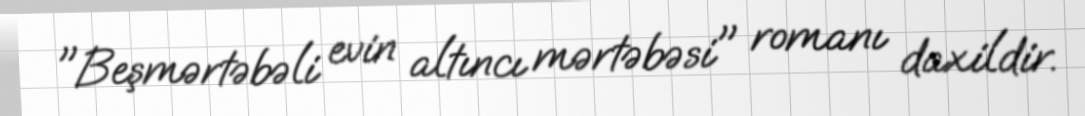
"Beşmərtəbəli evin altıncı mərtəbəsi" romanı daxildir.